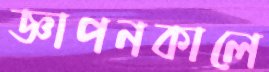
জ্ঞাপনকালে